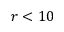
r < 1 0